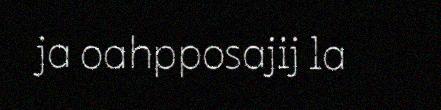
ja oahpposajij la